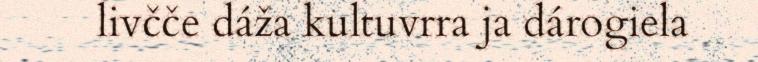
livčče dáža kultuvrra ja dárogiela